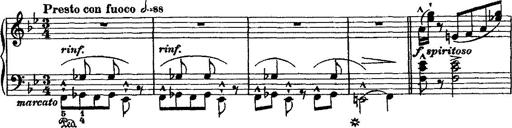
Title: Grande valse di bravura
Composer: Franz Liszt